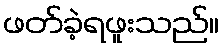
ဖတ်ခဲ့ရဖူးသည်။